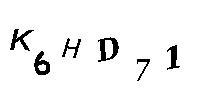
K6HD71